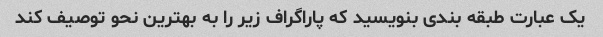
یک عبارت طبقه بندی بنویسید که پاراگراف زیر را به بهترین نحو توصیف کند